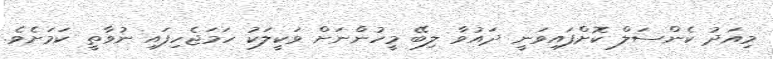
މިއަދު ކެންސަލް ކޮށްފައިވަނީ ދައުވާ ލިބޭ މީހުންނަށް ވަކީލަކު ހަމަޖެހިފައި ނުވާތީ ކަމަށެވެ.